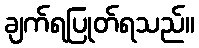
ချက်ရပြုတ်ရသည်။